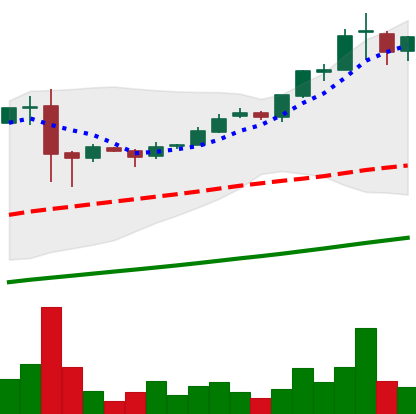
Ticker: BTC-USD
Chart end date: 2017-02-26
Forward return: 9.422%
Label: up_7plus